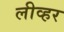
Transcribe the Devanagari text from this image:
लीव्हर